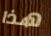
هذا